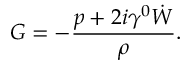
{ \cal G } = - \frac { p + 2 i \gamma ^ { 0 } \dot { W } } { \rho } .